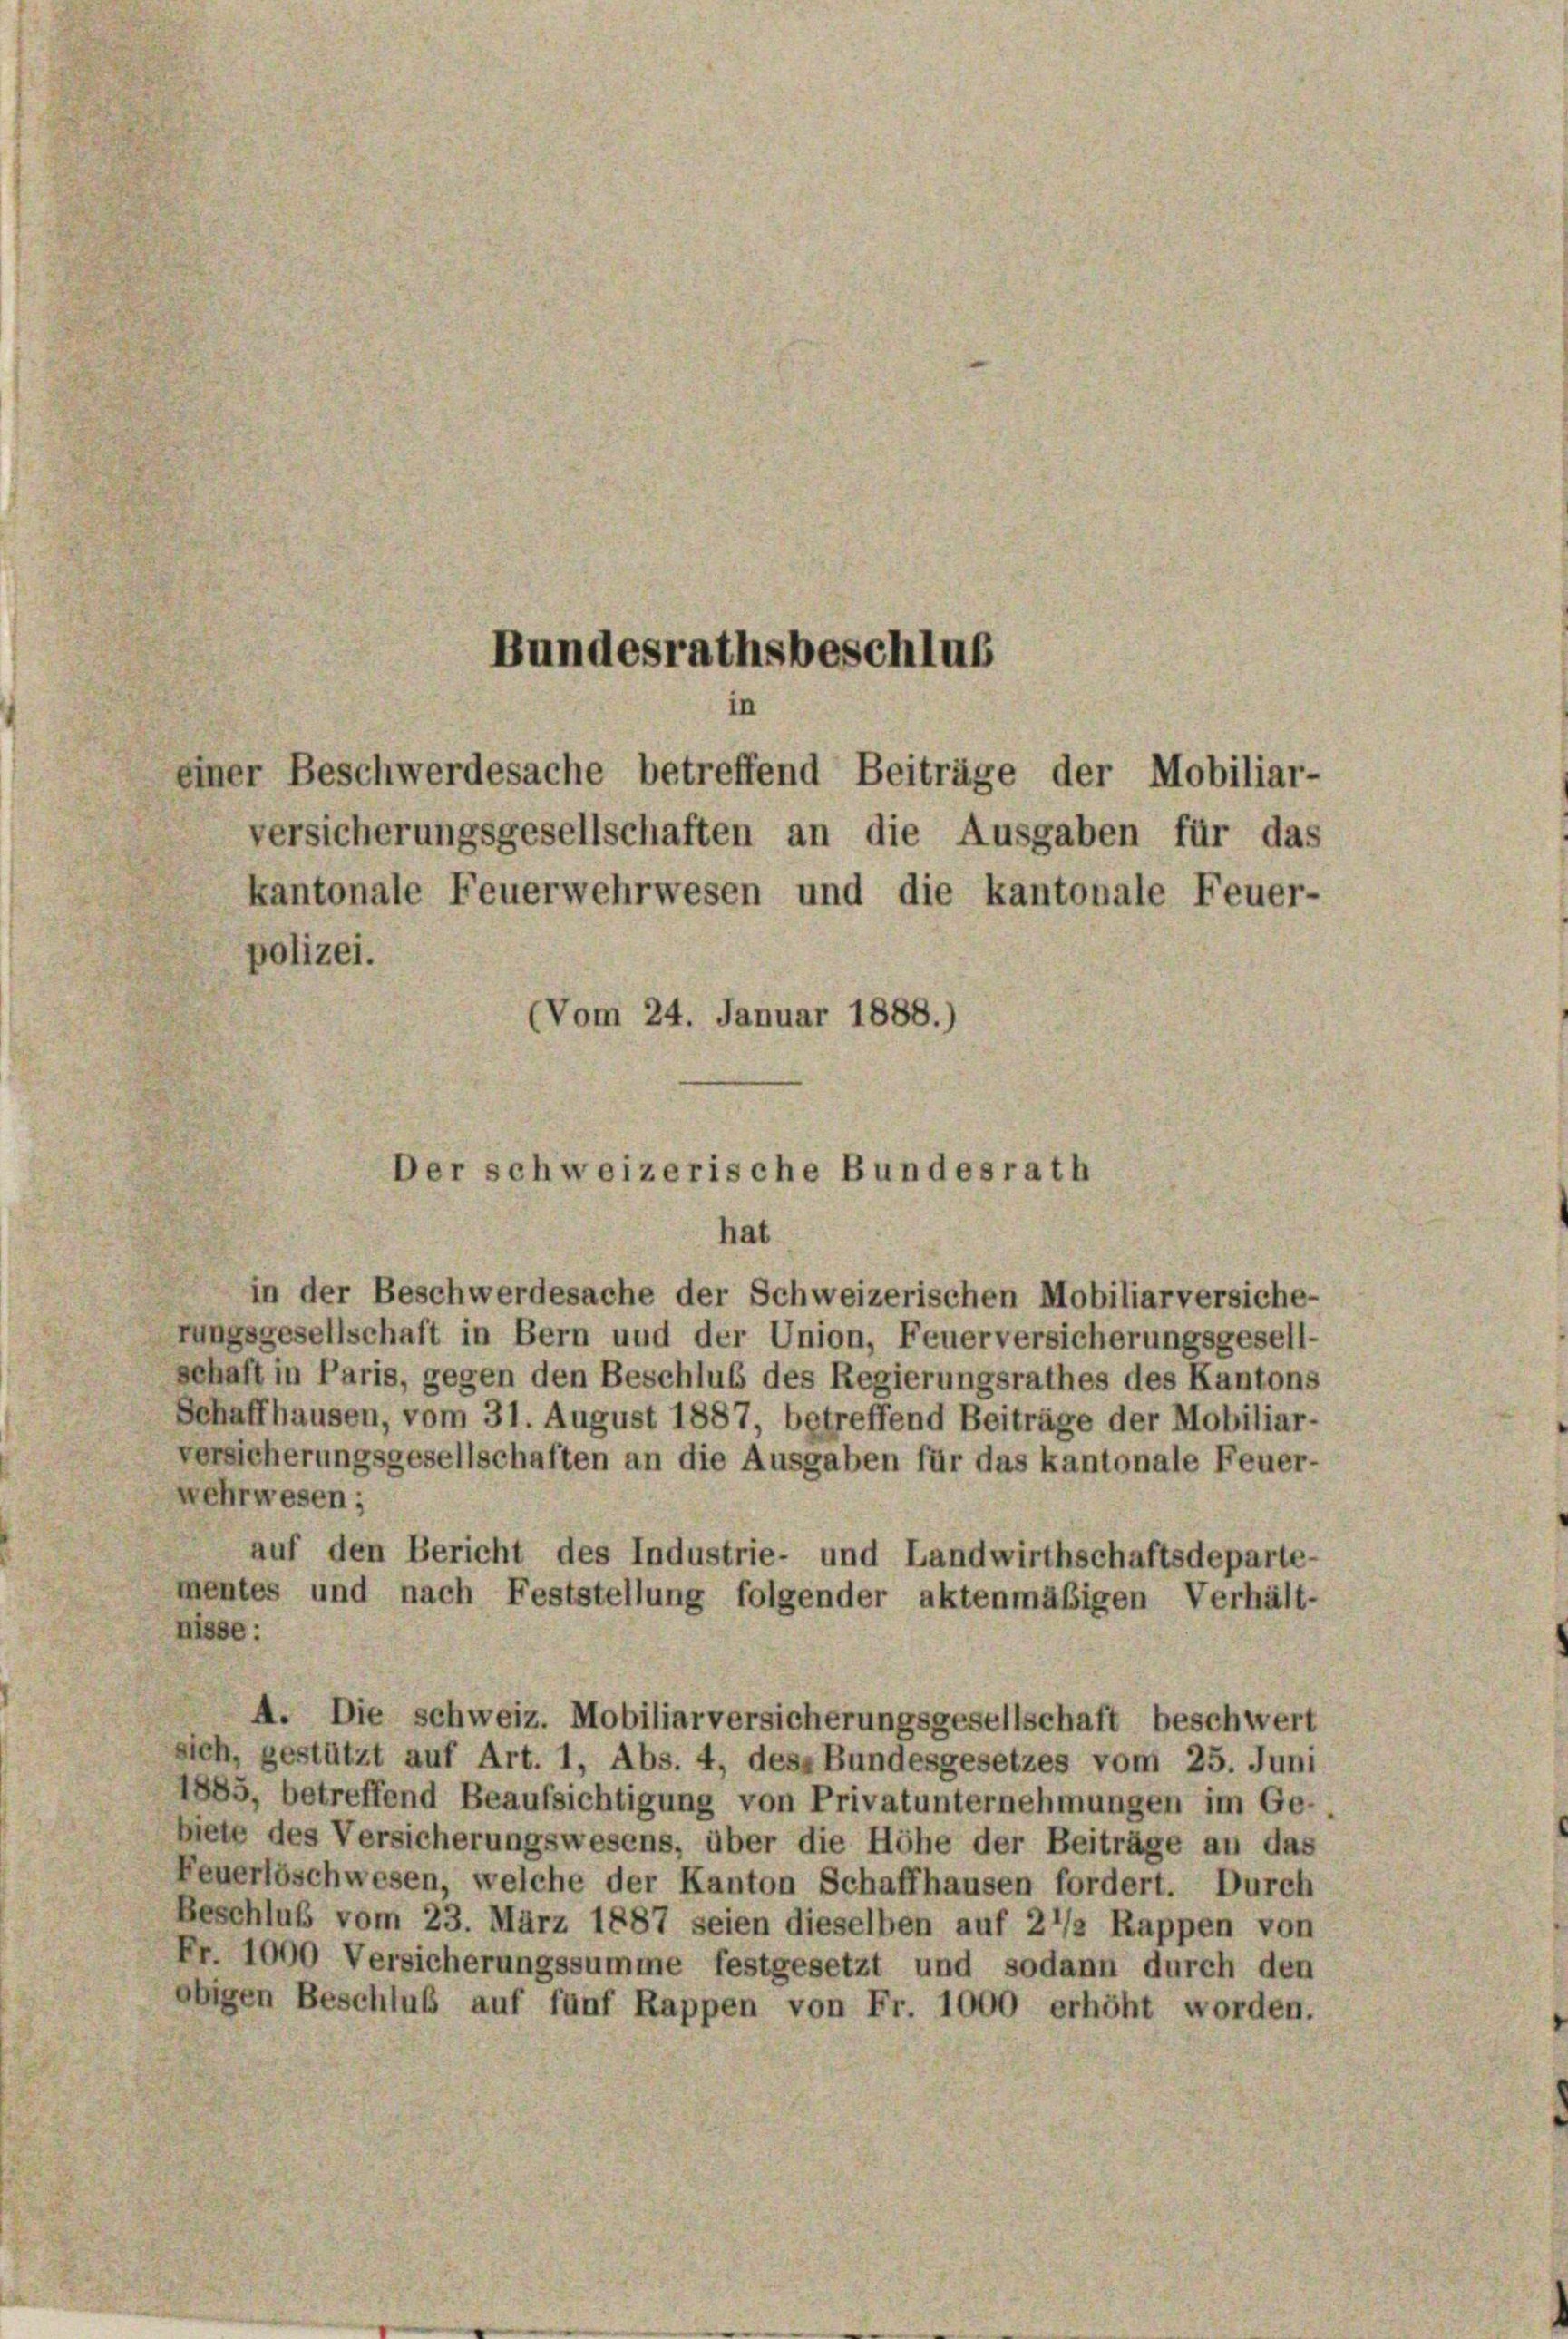
Bundesrathsbeschluß
einer Beschwerdesache betreffend Beiträge der Mobiliar-

versicherungsgesellschaften an die Ausgaben für das
kantonale Feuerwehrwesen und die kantonale Feuer-
polizei.
(Vom 24. Januar 1888.)

er schweizerische Bundesrath

hat
in der Beschwerdesache der Schweizerischen Mobiliarversiche-
rungsgesellschaft in Bern und der Union, Feuerversicherungsgesell-
schaft in Paris, gegen den Beschluß des Regierungsrathes des Kantons
Schaffhausen, vom 31. August 1887, betreffend Beiträge der Mobiliar-
versicherungsgesellschaften an die Ausgaben für das kantonale Feuer-
ehrwesen;
auf den Bericht des Industrie- und Landwirthschaftsdeparte-
mentes und nach Feststellung folgender aktenmäßigen Verhält-
nisse:
A. Die Schweiz. Mobiliarversicherungsgesellschaft beschwert
sich, gestützt auf Art. 1, Abs. 4, des Bundesgesetzes vom 25. Juni
1885, betreffend Beaufsichtigung von Privatunternehmungen im Ge-
biete des Versicherungswesens, über die Höhe der Beiträge an das
Feuerlöschwesen, welche der Kanton Schaffhausen fordert. Durch
Beschluß vom 23. März 1887 seien dieselben auf 2 1/2 Rappen von
Fr. 1000 Versicherungssumme festgesetzt und sodann durch den
obigen Beschluß auf fünf Rappen von Fr. 1000 erhöht worden.